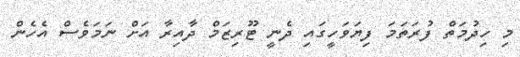
މި ހިދުމަތް ފުރަތަމަ ފިޔަވަހީގައި ދެނީ ޓޫރިޒަމް ދާއިރާ އަށް ނަމަވެސް އެހެން